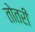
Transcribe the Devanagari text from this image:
तोतरी